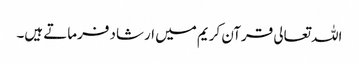
اللہ تعالی قرآن کریم میں ارشاد فرماتے ہیں۔